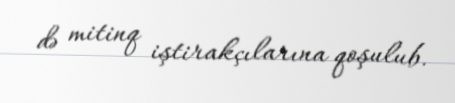
də mitinq iştirakçılarına qoşulub.